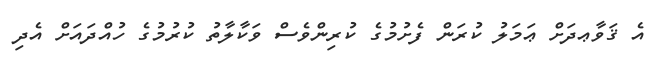
އެ ޤަވާޢދަށް ޢަމަލު ކުރަން ފެށުމުގެ ކުރިންވެސް ވަކާލާތު ކުރުމުގެ ހުއްދައަށް އެދި